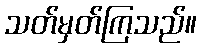
သတ်မှတ်ကြသည်။